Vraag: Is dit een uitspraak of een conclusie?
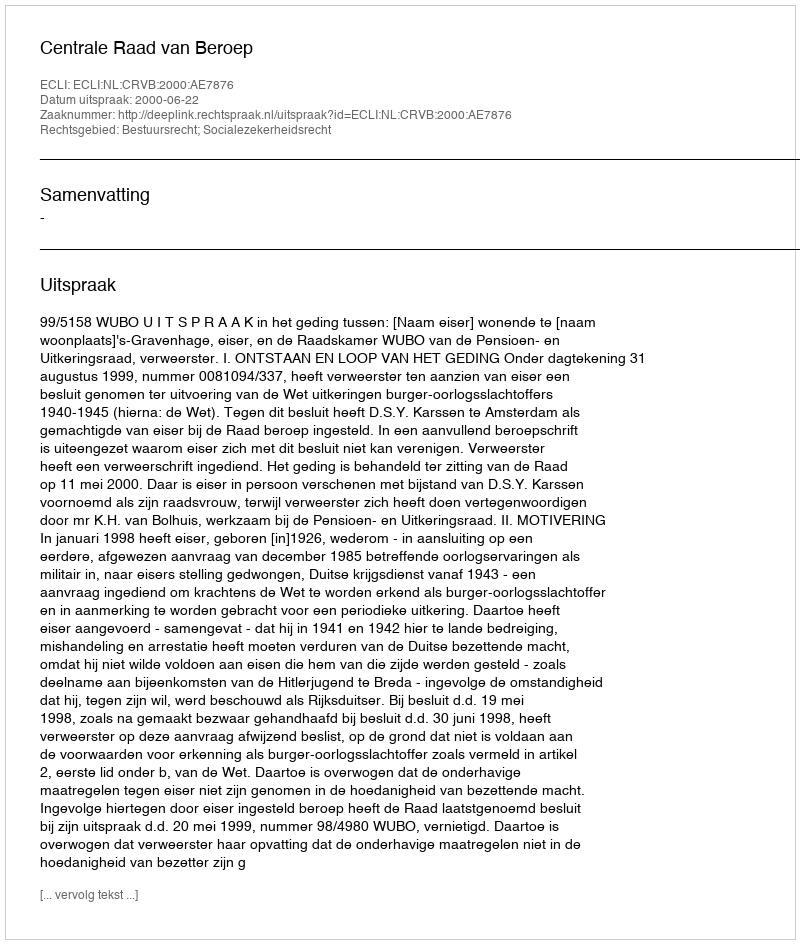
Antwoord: Uitspraak